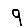
Digit: 9